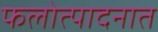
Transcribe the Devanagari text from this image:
फलोत्पादनात